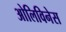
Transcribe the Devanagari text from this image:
ओलिविनेस